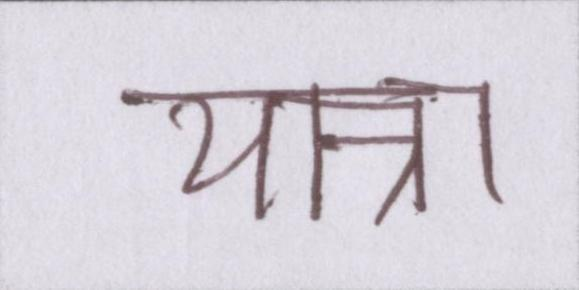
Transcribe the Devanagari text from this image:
यात्रा